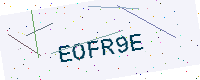
Text: EOFR9E